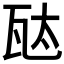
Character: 𬎦